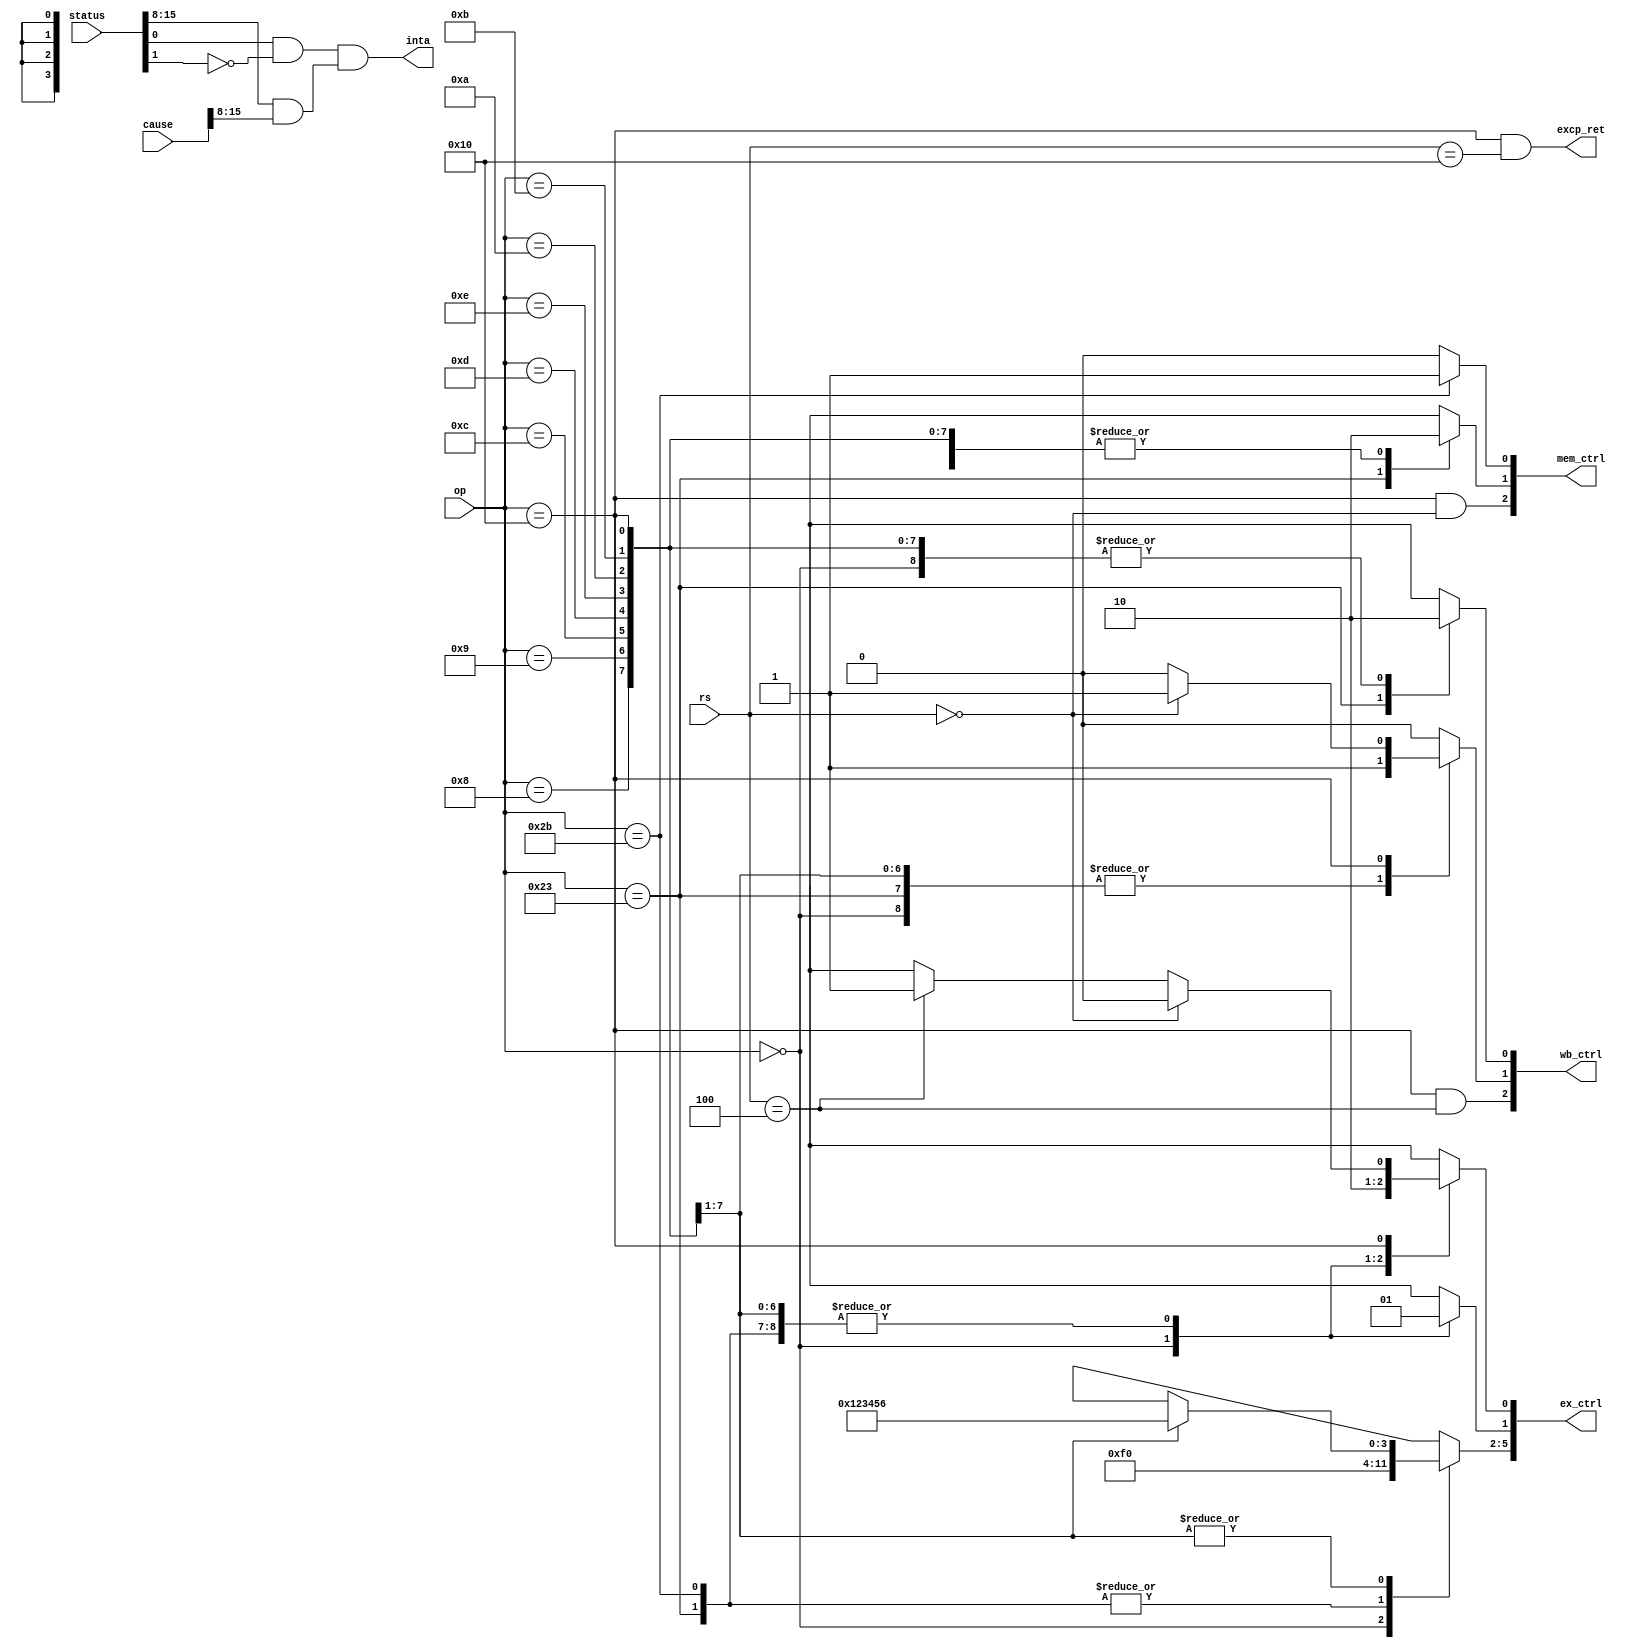
`timescale 1ns / 1ps
/*
 * Description:
 *
 * Dependencies:
 *
 * Revision:
 *
 */

module control(
	output [5:0] ex_ctrl,
	output [2:0] mem_ctrl,
	output [2:0] wb_ctrl,
	output inta, excp_ret,
	input [5:0] op,
	input [4:0] rs,
	input [31:0] status, cause
    );

	parameter r_format = 6'b000000;
	parameter lw = 6'b100011;
	parameter sw = 6'b101011;
	parameter addi = 6'b001000;
	parameter addiu = 6'b001001;
	parameter andi = 6'b001100;
	parameter ori = 6'b001101;
	parameter xori = 6'b001110;
	parameter slti = 6'b001010;
	parameter sltiu = 6'b001011;
	parameter cp0_instr = 6'b010000;

	parameter mfc0 = 5'b00000;
	parameter mtc0 = 5'b00100;
	parameter eret = 5'b10000;

	reg reg_dst, alu_src, mem_to_reg, reg_write, mem_read, mem_write;
	wire cp0_read, cp0_write;
	reg [3:0] alu_op;

	assign ex_ctrl = {alu_op, alu_src, reg_dst};
	assign mem_ctrl = {cp0_read, mem_read, mem_write};
	assign wb_ctrl = {cp0_write, reg_write, mem_to_reg};
	assign inta = status[0] && !status[1] && status[15:8] & cause[15:8];
	assign excp_ret = op == cp0_instr && rs == eret;
	assign cp0_read = op == cp0_instr && rs == mfc0;
	assign cp0_write = op == cp0_instr && rs == mtc0;

	always @ (*)
		case (op)
			r_format:
			begin
				reg_dst = 1'b1;
				alu_src = 1'b0;
				mem_to_reg = 1'b0;
				reg_write = 1'b1;
				mem_read = 1'b0;
				mem_write = 1'b0;
				alu_op = 4'b1111;
			end
			lw:
			begin
				reg_dst = 1'b0;
				alu_src = 1'b1;
				mem_to_reg = 1'b1;
				reg_write = 1'b1;
				mem_read = 1'b1;
				mem_write = 1'b0;
				alu_op = 4'b0000;
			end
			sw:
			begin
				reg_dst = 1'b0;
				alu_src = 1'b1;
				mem_to_reg = 1'bx;
				reg_write = 1'b0;
				mem_read = 1'b0;
				mem_write = 1'b1;
				alu_op = 4'b0000;
			end
			addi, addiu, andi, ori, xori, slti, sltiu:
			begin
				reg_dst = 1'b0;
				alu_src = 1'b1;
				mem_to_reg = 1'b0;
				reg_write = 1'b1;
				mem_read = 1'b0;
				mem_write = 1'b0;
				case (op)
					addi: alu_op = 4'b0000;
					addiu: alu_op = 4'b0001;
					andi: alu_op = 4'b0010;
					ori: alu_op = 4'b0011;
					xori: alu_op = 4'b0100;
					slti: alu_op = 4'b0101;
					sltiu: alu_op = 4'b0110;
					default: alu_op = 4'bx;
				endcase
			end
			cp0_instr:
			begin
				if (rs == mfc0)
					reg_dst = 1'b0;
				else if (rs == mtc0)
					reg_dst = 1'b1;
				else
					reg_dst = 1'bx;
				alu_src = 1'bx;
				// eret not care
				mem_to_reg = 1'b0;
				if (rs == mfc0)
					reg_write = 1'b1;
				else
					reg_write = 1'b0;
				mem_read = 1'b0;
				mem_write = 1'b0;
				alu_op = 4'bx;
			end
			default:
			begin
				reg_dst = 1'bx;
				alu_src = 1'bx;
				mem_to_reg = 1'bx;
				reg_write = 1'b0;
				mem_read = 1'bx;
				mem_write = 1'b0;
				alu_op = 4'bx;
			end
		endcase

endmodule